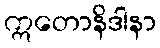
ဣတောနိဒါနာ